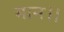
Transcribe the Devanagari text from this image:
मान।।